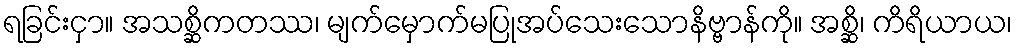
ရခြင်းငှာ။ အသစ္ဆိကတဿ၊ မျက်မှောက်မပြုအပ်သေးသောနိဗ္ဗာန်ကို။ အစ္ဆိ၊ ကိရိယာယ၊